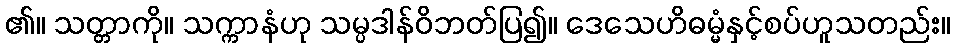
၏။ သတ္တာကို။ သက္ကာနံဟု သမ္ပဒါန်ဝိဘတ်ပြ၍။ ဒေသေဟိဓမ္မံနှင့်စပ်ဟူသတည်း။